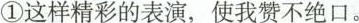
①这样精彩的表演，使我赞不绝口。